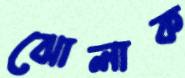
ঝোলাক